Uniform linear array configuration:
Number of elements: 24
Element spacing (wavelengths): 0.5
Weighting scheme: binomial
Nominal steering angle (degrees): -15
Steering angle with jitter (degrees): -16.939
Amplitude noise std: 0.05
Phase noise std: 0.05

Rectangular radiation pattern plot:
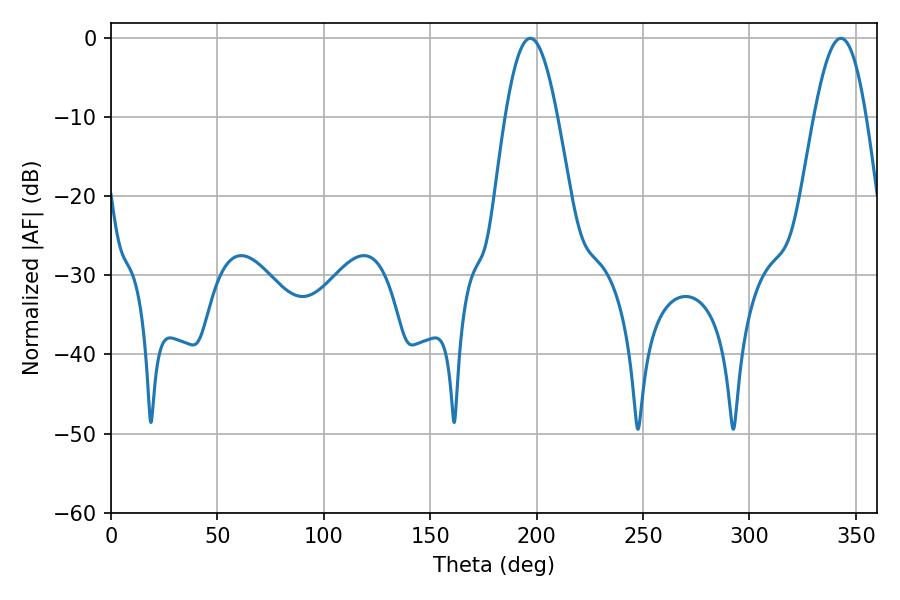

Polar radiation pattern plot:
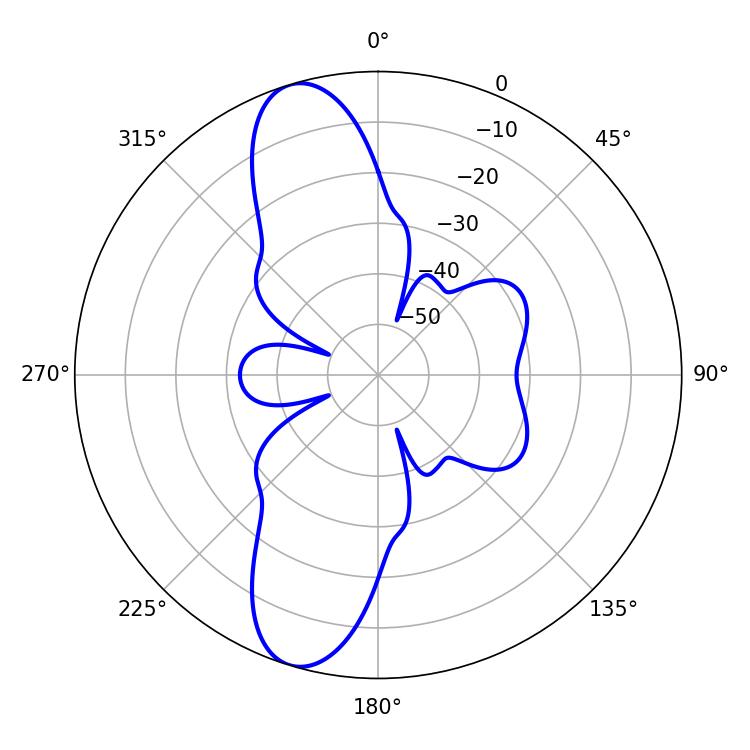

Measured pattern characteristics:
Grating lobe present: FALSE
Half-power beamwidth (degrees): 13.32
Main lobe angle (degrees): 197.1